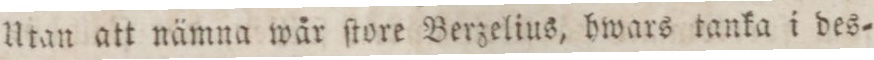
Utan att nämna wår ſtore Berzelius, hwars tanka i des=